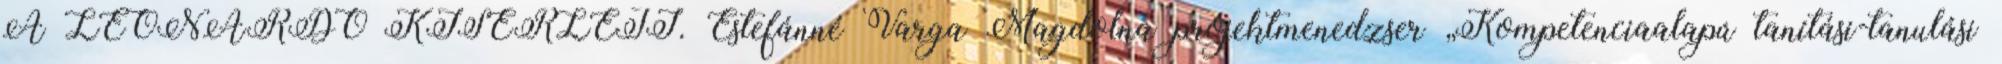
A LEONARDO KÍSÉRLETI. Estefánné Varga Magdolna projektmenedzser „Kompetenciaalapú tanítási-tanulási